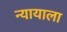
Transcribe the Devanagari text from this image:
न्यायाला